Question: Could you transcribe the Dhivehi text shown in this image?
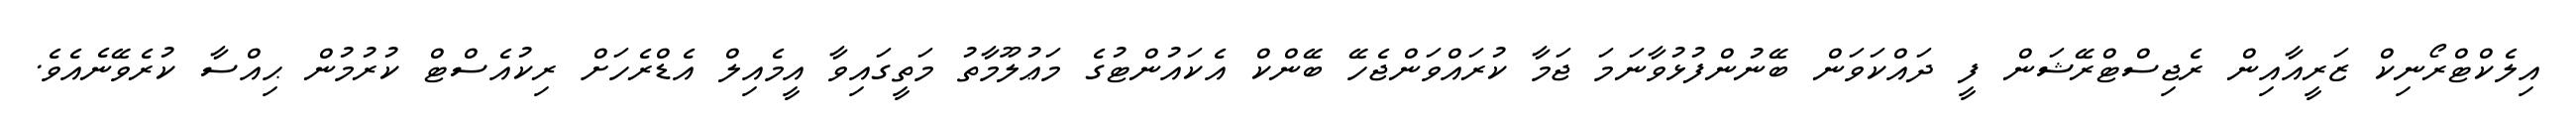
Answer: އިލެކްޓްރޯނިކް ޒަރީއާއިން ރެޖިސްޓްރޭޝަން ފީ ދައްކަވަން ބޭނުންފުޅުވާނަމަ ޖަމާ ކުރައްވަންޖެހޭ ބޭންކް އެކައުންޓުގެ މަޢުލޫމާތު މަތީގައިވާ އީމެއިލް އެޑްރެހަށް ރިކުއެސްޓް ކުރުމުން ޙިއްސާ ކުރެވޭނެއެވެ.